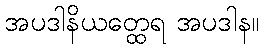
အပဒါနိယတ္ထေရ အပဒါန။